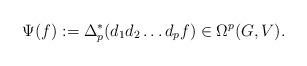
LaTeX: \begin{align*}\Psi(f) := \Delta_{p}^{*}(d_{1}d_{2}\dots d_{p}f) \in \Omega^{p}(G,V).\end{align*}